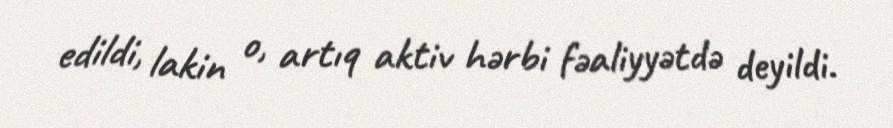
edildi, lakin o, artıq aktiv hərbi fəaliyyətdə deyildi.